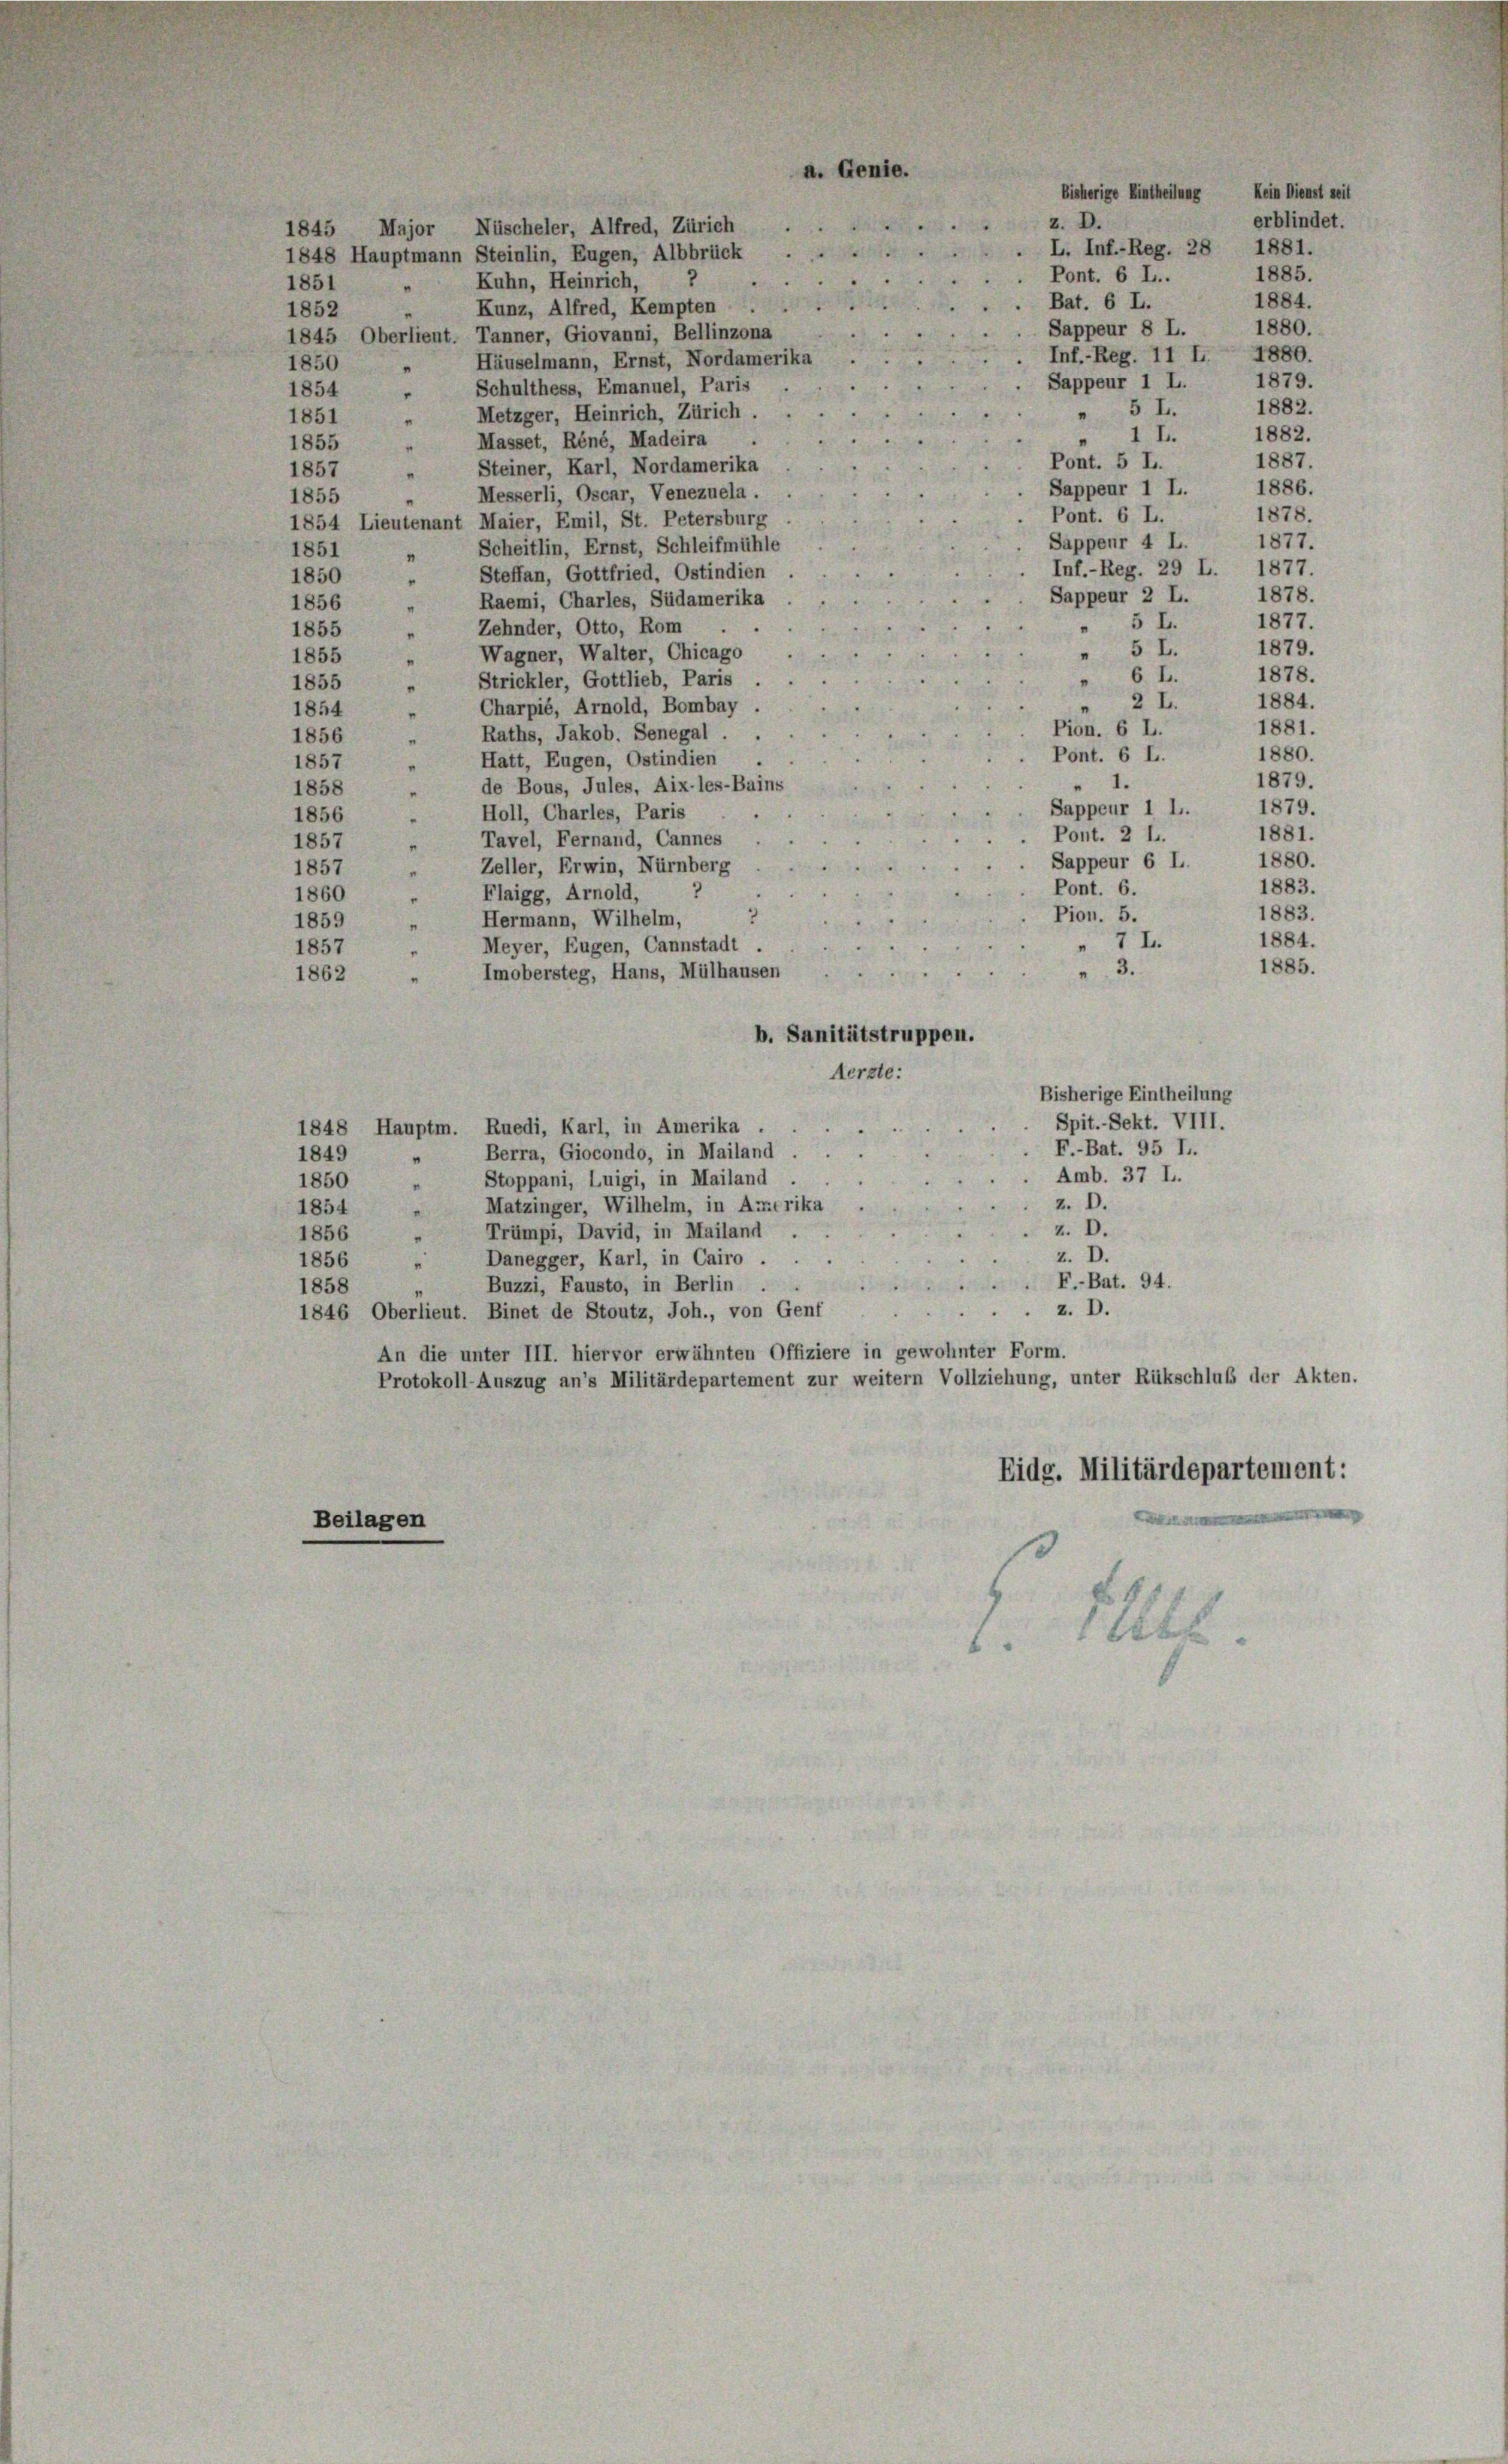
a. Genie.

z. D.

1845 Major, Nüscheler, Alfred, Zürich
. L. Inf.-Reg. 28 1881.
1848 Hauptmann Steinlin, Eugen, Albbrück
 Pont. 6 L..
Kuhn, Heinrich,
1851
Bat. 6 L.
Kunz, Alfred, Kempten
1852
Sappeur 8 L. 1880.
1845 Oberlieut. Tanner, Giovanni, Bellinzona
Inf.-Reg. 11 L 1880.
 Häuselmann, Ernst, Nordamerika
1850
Sappeur 1 L.
" Schulthess, Emanuel, Paris
1854
5 I.
Metzger, Heinrich, Zürich.
1851
"
1 I
Masset, Réné, Madeira .
1855
Pont. 5 L.
Steiner, Karl, Nordamerika
1857
"
Sappeur 1 L.
Messerli, Oscar, Venezuela.
1855
"
Pont. 6 L.
1854 Lieutenant Maier, Emil, St. Petersburg
Sappenr 4 L.
Scheitlin, Ernst, Schleifmühle
1851
"
Inf.-Reg. 29 L. 1877.
Steffan, Gottfried, Ostindien
1850
"
Sappeur 2 L. 1878.
Raemi, Charles, Südamerika
1856
"
5 I.
Zehnder, Otto, Rom.
1855
"
" 5 I.
Wagner, Walter, Chicago
1855 "
 6 I.
„ Strickler, Gottlieb, Paris
1855
2 L.
Charpié, Arnold, Bombay .
n
1854
"
Pion. 6 L.
Raths, Jakob. Senegal.
1856
e
Pont. 6 L.
Hatt, Eugen, Ostindien .
1857
" 1.
de Bous, Jules, Aix-les-Bains
1858
.
Sappeur 1 l.
1856  Holl, Charles, Paris
Pont. 2 l.
" Tavel, Fernand, Cannes
1857
Sappeur 6 L.
 Zeller, Erwin, Nürnberg
1857
Pont. 6.
Flaigg, Arnold,
1860
"
Pion. 5.
Hermann, Wilhelm,
1859
7 I.
 Meyer, Eugen, Cannstadt.
1857
3.
Imobersteg, Hans, Mülhausen
1862
b. Sanitätstruppen.
Aerzte:
Bisherige Eintheilung
Spit. Sekt. VIII.
1848 Hauptm. Ruedi, Karl, in Amerika.
F.-Bat. 95 I.
Berra, Giocondo, in Mailand
1849
"
Amb. 37 L.
1850
" Stoppani, Luigi, in Mailand
z. D.
Matzinger, Wilhelm, in Arztrika
1854
d
z. D.
Trümpi, David, in Mailand
1856 "
z. D.
Danegger, Karl, in Cairo .
1856
“
F.-Bat. 94.
Buzzi, Fausto, in Berlin
1858
z. D.
1846 Oberlieut. Binet de Stoutz, Joh., von Genf
.
An die unter III. hiervor erwähnten Offiziere in gewohnter Form.
Protokoll-Auszug an’s Militärdepartement zur weitern Vollziehung, unter Rükschluß der Akten.
Eidg. Militärdepartement:
Beilagen
Rbl.

bisherige Eintheilung Kein Dienst seit
erblindet.
1885.
1884.
1879.
1882.
1882.
1887.
1886.
1878.
1877.
1877.
1879.
1878.
1884.
1881.
1880.
1879.
1879.
1881.
1880.
1883.
1883.

1884.
1885.